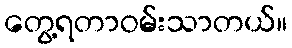
တွေ့ရတာဝမ်းသာတယ်။